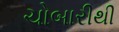
ચોબારીથી